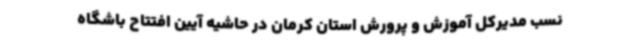
نسب مدیرکل آموزش و پرورش استان کرمان در حاشیه آیین افتتاح باشگاه